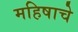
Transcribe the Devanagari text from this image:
महिषाचे